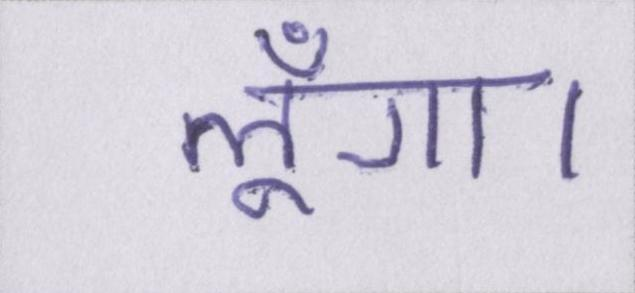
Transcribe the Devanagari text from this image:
लूँगा।